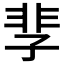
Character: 𩇫